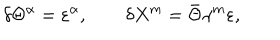
\delta \Theta ^ { \alpha } = \varepsilon ^ { \alpha } , \qquad \delta X ^ { m } = \bar { \Theta } \gamma ^ { m } \varepsilon ,